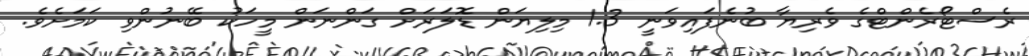
ރެސްޓޯރެންޓްގެ ވެރިޔާ ބުނެފައިވަނީ 1.3 މިލިޔަން ޑޮލަރަށް ގަންނަން މީހަކު ބޭނުންވި ކަމަށެވެ.